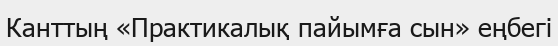
Канттың «Практикалық пайымға сын» еңбегі